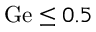
\mathrm { G e } \le 0 . 5